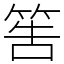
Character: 筶